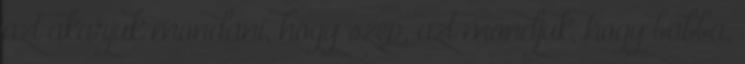
azt akarjuk mondani, hogy szép, azt mondjuk, hogy babba,